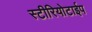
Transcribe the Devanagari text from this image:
स्टीरियोटाईप